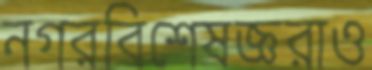
নগরবিশেষজ্ঞরাও